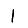
Digit: 1